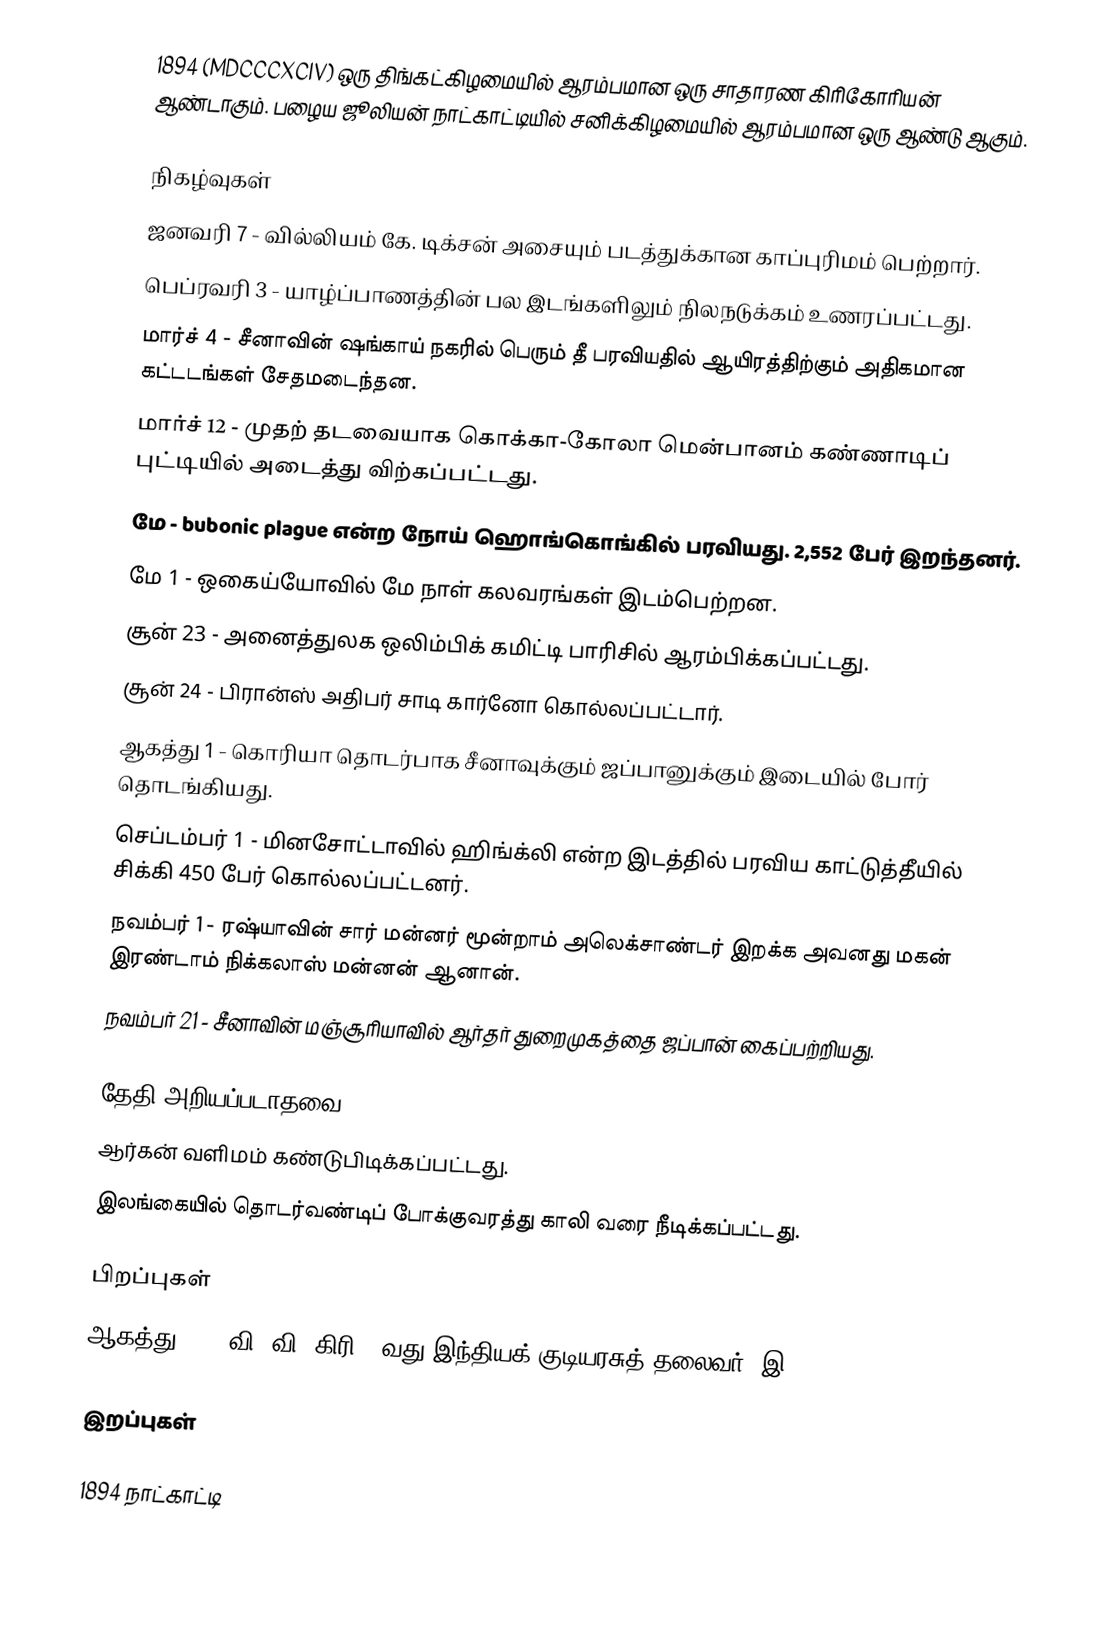
1894  (MDCCCXCIV) ஒரு திங்கட்கிழமையில் ஆரம்பமான ஒரு சாதாரண கிரிகோரியன் ஆண்டாகும். பழைய ஜூலியன் நாட்காட்டியில் சனிக்கிழமையில் ஆரம்பமான ஒரு ஆண்டு ஆகும்.

நிகழ்வுகள்
 ஜனவரி 7 - வில்லியம் கே. டிக்சன் அசையும் படத்துக்கான காப்புரிமம் பெற்றார்.
 பெப்ரவரி 3 - யாழ்ப்பாணத்தின் பல இடங்களிலும் நிலநடுக்கம் உணரப்பட்டது.
 மார்ச் 4 - சீனாவின் ஷங்காய் நகரில் பெரும் தீ பரவியதில் ஆயிரத்திற்கும் அதிகமான கட்டடங்கள் சேதமடைந்தன.
 மார்ச் 12 - முதற் தடவையாக கொக்கா-கோலா மென்பானம் கண்ணாடிப் புட்டியில் அடைத்து விற்கப்பட்டது.
 மே - bubonic plague என்ற நோய் ஹொங்கொங்கில் பரவியது. 2,552 பேர் இறந்தனர்.
 மே 1 - ஒகைய்யோவில் மே நாள் கலவரங்கள் இடம்பெற்றன.
 சூன் 23 - அனைத்துலக ஒலிம்பிக் கமிட்டி பாரிசில் ஆரம்பிக்கப்பட்டது.
 சூன் 24 - பிரான்ஸ் அதிபர் சாடி கார்னோ கொல்லப்பட்டார்.
 ஆகத்து 1 - கொரியா தொடர்பாக சீனாவுக்கும் ஜப்பானுக்கும் இடையில் போர் தொடங்கியது.
 செப்டம்பர் 1 - மினசோட்டாவில் ஹிங்க்லி என்ற இடத்தில் பரவிய காட்டுத்தீயில் சிக்கி 450 பேர் கொல்லப்பட்டனர்.
 நவம்பர் 1 - ரஷ்யாவின் சார் மன்னர் மூன்றாம் அலெக்சாண்டர் இறக்க அவனது மகன் இரண்டாம் நிக்கலாஸ் மன்னன் ஆனான்.
 நவம்பர் 21 - சீனாவின் மஞ்சூரியாவில் ஆர்தர் துறைமுகத்தை ஜப்பான் கைப்பற்றியது.

தேதி அறியப்படாதவை
 ஆர்கன் வளிமம் கண்டுபிடிக்கப்பட்டது.
 இலங்கையில் தொடர்வண்டிப் போக்குவரத்து காலி வரை நீடிக்கப்பட்டது.

பிறப்புகள்
 ஆகத்து 10 - வி. வி. கிரி, 4வது  இந்தியக் குடியரசுத் தலைவர் (இ. 1980

இறப்புகள்

1894 நாட்காட்டி